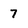
Character: 7